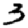
Digit: 3